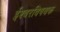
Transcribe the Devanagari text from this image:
ईश्वरविषयक